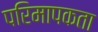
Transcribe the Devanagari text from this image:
परिमापकता